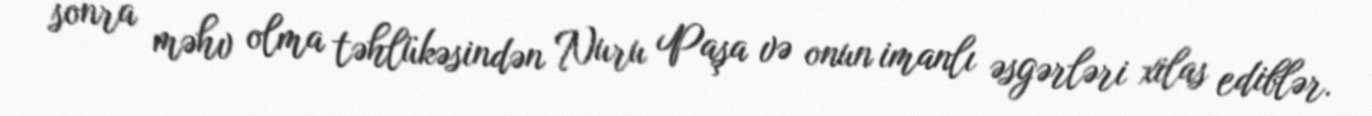
sonra məhv olma təhlükəsindən Nuru Paşa və onun imanlı əsgərləri xilas ediblər.